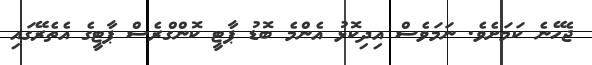
ޖެހޭނެ ކަމަށެވެ. ނަމަވެސް އިދިކޮޅު އެންމެ ބޮޑު ޕާޓީ ކޮންގްރެސް ޕާޓީގެ އެތެރޭގައި